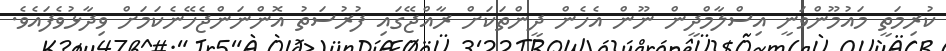
ކުރިމަތީ މައުމޫންވަނީ އިސްލާމްދީން ނޫން އެހެން ދީންތަކަށް ރާއްޖޭގައި ފުރުސަތު އޮންނަންޖެހޭނެކަމަށް ވިދާޅުވެފައެވެ.